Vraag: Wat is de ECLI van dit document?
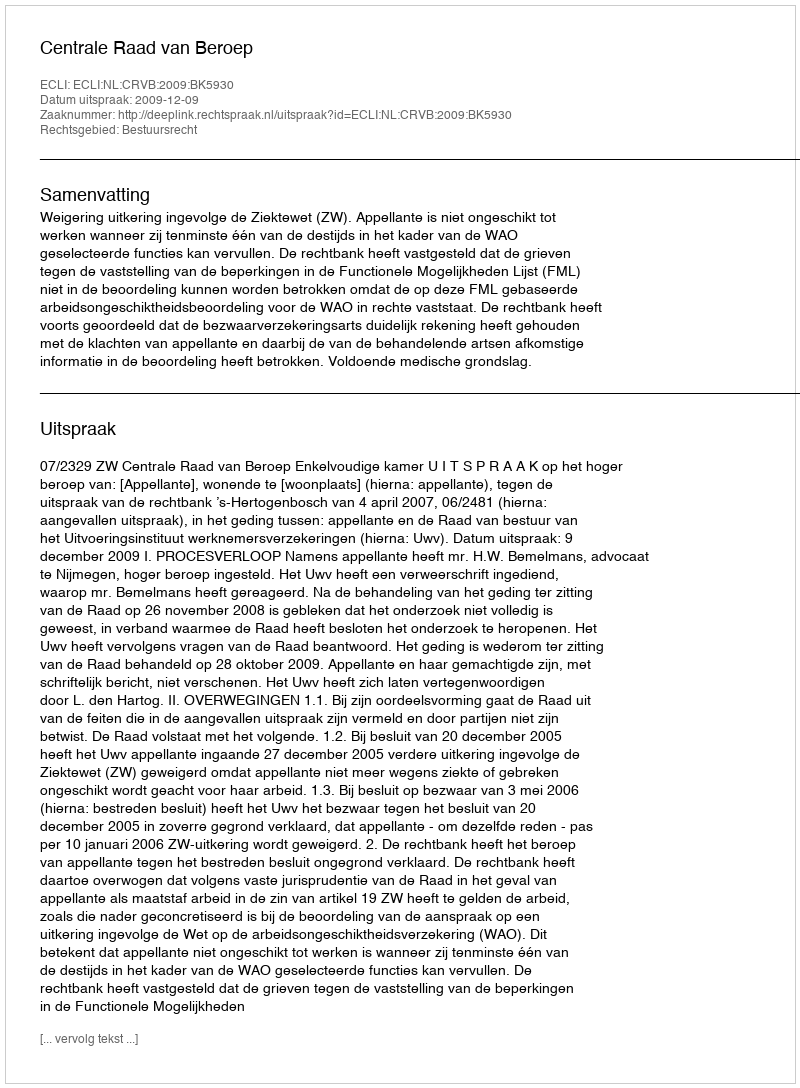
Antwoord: ECLI:NL:CRVB:2009:BK5930